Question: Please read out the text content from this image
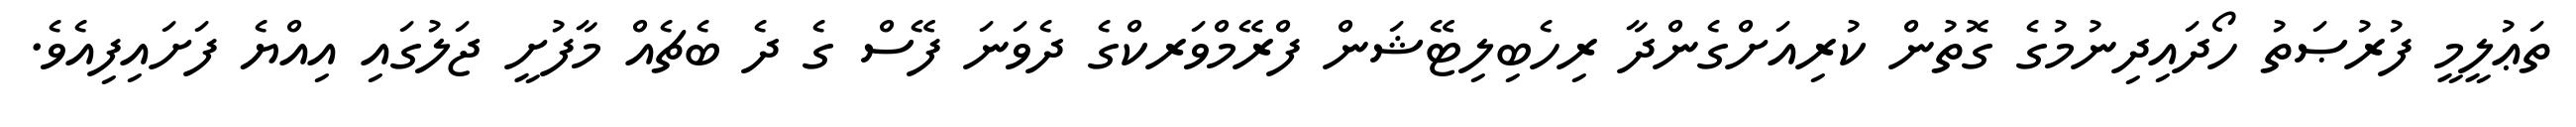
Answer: ތަޢުލީމީ ފުރުޞަތު ހޯދައިދިނުމުގެ ގޮތުން ކުރިއަށްގެންދާ ރިހެބިލިޓޭޝަން ފްރޭމްވަރކްގެ ދެވަނަ ފޭސް ގެ ދެ ބެޗެއް މާފުށީ ޖަލުގައި އިއްޔެ ފަށައިފިއެވެ.